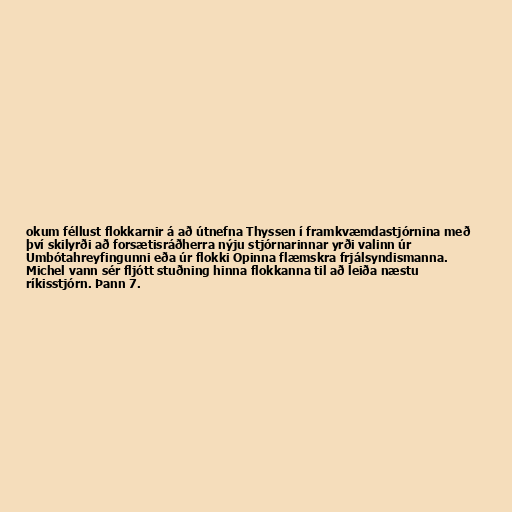
okum féllust flokkarnir á að útnefna Thyssen í framkvæmdastjórnina með
því skilyrði að forsætisráðherra nýju stjórnarinnar yrði valinn úr
Umbótahreyfingunni eða úr flokki Opinna flæmskra frjálsyndismanna.
Michel vann sér fljótt stuðning hinna flokkanna til að leiða næstu
ríkisstjórn. Þann 7.